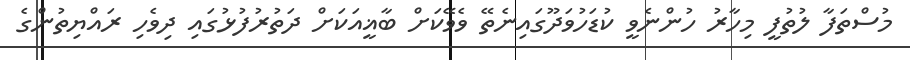
މުސްތަފާ ލުތުފީ މިހާރު ހުންނެވީ ކުޑަހުވަދޫގައިނެތޭ ވެވޭކަށް ބާޣީއަކަށް ދަތުރުފުޅުގައި ދިވެހި ރައްޔިތުންގެ